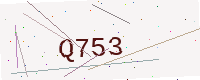
Text: Q753